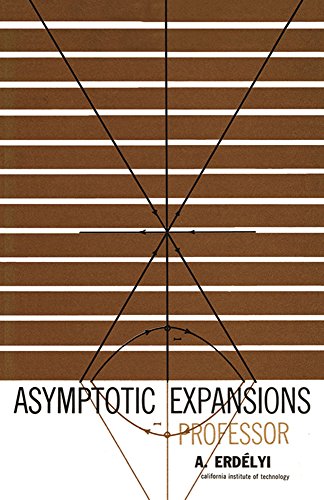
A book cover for Asymptotic Expansions (Dover Books on Mathematics); A. Erdelyi; Science & Math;